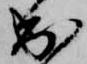
出